Vital statistics of India. Vol. IV, Annual returns from 1871 to 1876. British Army of India, Native Army and jails of Bengal
Year: 1871
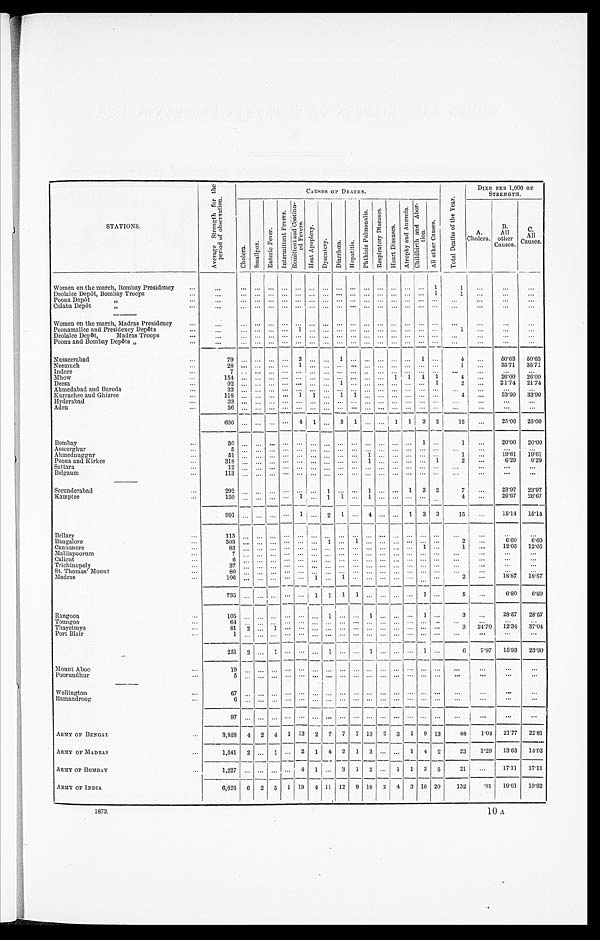
STATIONS.
A v e r a g e S t r e n g t h f o r t h e p e r i o d o f o b s e r v a t i o n .
CAUSES OF DEATHS.
T o t a l D e a t h s o f t h e Y e a r .
DIED PER 1,000 OF
STRENGTH.
C h o l e r a .
S m a l l p o x .
E n t e r i c F e v e r .
I n t e r m i t t e n t F e v e r s .
R e m i t t e n t a n d C o n t i n u e d F e v e r s .
H e a t A p o p l e x y .
D y s e n t e r y .
D i a r r h œ a .
H e p a t i t i s .
P h t h i s i s P u l m o n a l i s .
R e s p i r a t o r y D i s e a s e s .
H e a r t D i s e a s e s .
A t r o p h y a n d A n æ m i a .
C h i l d b i r t h a n d A b o r t i o n .
A l l O t h e r C a u s e s .
A
Cholera,
B.
All
other
Causes.
C.
All
Causes.
Women on the march, Bombay Presidency
. . .
. . .
. . .
. . .
. . .
. . .
. . .
. . .
. . .
. . .
. . .
. . .
. . .
. . .. . .
. . .
1
1
. . .
. . .
. . .
1
1. . .
Deolalee Depôt, Bombay Troops
. . .
. . .
. . .
. . .
. . .
. . .
. . .
. . .
. . .
. . .
. . .
. . .
. . .
. . . . . .
. . .
. . .
. . .
. . .
Poona Depôt " . . .
. . .
. . .
. . .
. . .
. . .
. . .
. . .
. . .
. . .
. . .
. . .
. . .
. . . . . .
. . .
. . .
. . .
. . .
. . .
. . .
Colaba Depôt " . . .
. . .
. . .
. . .
. . .
. . .
. . .
. . .
. . .
. . .
. . .
. . .
. . .
. . . . . .
. . .
. . .
. . .
. . .
. . .
. . .
Women on the march, Madras Presidency . . .
. . .
. . .
. . .
. . .
. . .
. . .
. . .
. . .
. . .
. . .
. . .
. . .
. . . . . .
. . .
. . .
. . .
. . .
. . .
. . .
Poonamallee and Presidency Depôts . . .
. . .
. . .
. . .
. . . . . .
1
. . .
. . .
. . .
. . .
. . .
. . .
. . . . . .
. . .
. . .
1
. . .
. . .
. . .
Deolalee Depôt, Madras Troops . . .
. . .
. . .
. . .
. . .
. . .
. . .
. . .
. . .
. . .
. . .
. . .
. . .
. . . . . . . . .
. . .
. . .
. . .
. . .
. . .
Poona and Bombay Depôts " . . .
. . .
. . .
. . .
. . .
. . .
. . .
. . .
. . .
. . .
. . .
. . .
. . .
. . .. . . . . .
. . .
. . .
. . .
. . .
. . .
Nusseerabad . . .
7 9
. . .
. . .
. . .
2
. . .
. . .1
. . .. . .
. . .
. . .
. . .
1
. . .
4
. . .. . .
5 0 . 6 3
50.63
35.71
35.71
Neemuch . . .
2 8
. . .
. . .
. . .
. . . 1
. . .. . .
. . .. . .
. . .
. . .
. . .
. . .
. . .
. . .
1
. . .
Indore . . .
7
. . .
. . .
. . .
. . .
. . .
. . .. . .
. . .. . .
. . .
. . .
. . .
. . .
. . .
. . .
. . .
. . .
. . . . . .
26.00
26.00
Mhow . . .
154
. . .
. . .
. . .
. . .
. . .
. . .. . .
. . . . . .
. . .
. . . 1
1
1
1
4
. . .
. . .
21.74
21.74
Deesa . . .
92
. . .
. . .
. . .
. . .
. . .
. . . . . .
1
. . .
. . .
. . .
. . .
. . .
. . .
1
2
Ahmedabad and Baroda . . .
33
. . .
. . .
. . .
. . .
. . .
. . . . . .
. . . . . .
. . .
. . .
. . .
. . .
. . .
. . .
. . .
. . .
. . . . . .
4
. . .
33.90
33.90
Kurrachee and Ghizree . . .
118
. . .
. . .
. . .
. . . 1
1 . . .
1
1
. . .
. . .
. . .
. . .
. . .
. . .
Hyderabad . . .
33
. . .
. . .
. . .
. . .
. . .
. . . . . .
. . . . . .
. . .
. . .
. . .
. . .
. . .
. . .
. . .
. . .
. . . . . .
Aden . . .
56
. . .
. . .
. . .
. . .
. . .
. . . . . .
. . . . . .
. . .
. . .
. . .
. . .
. . .
. . .
. . .
. . .
. . .
. . .
600
. . .
. . .
. . .
. . . 4
1 . . .
3
1
. . .
. . .
1
1
2
2
15
. . .
25.00
25.00
Bombay . . .
50
. . .
. . .
. . .
. . .
. . .
. . . . . .
. . .
. . .
. . .
. . .
. . .
. . . 1
. . .
1
. . .
20.00
20.00
Asseerghur . . .
5
. . .
. . .
. . .
. . .
. . .
. . . . . .
. . . . . .
. . .
. . .
. . .
. . .
. . .
. . .
. . .
. . .
. . . . . .
. . .
19.61
19.61
1
Ahmednuggur . . .
51
. . .
. . .
. . .
. . .
. . .
. . . . . .
. . . . . .
1
. . .
. . .
. . .
. . .
. . .
. . .
6.29
6.29
2
Poona and Kirkee . . .
318
. . .
. . .
. . .
. . .
. . .
. . .
. . .
. . . . . .
1
. . .
. . .
. . .
. . . 1
Sattara . . .
12
. . .
. . .
. . .
. . .
. . .
. . . . . .
. . . . . .
. . .
. . .
. . .
. . .
. . .
. . .
. . .
. . .
. . .
. . .
Belgaum . . .
113
. . .
. . .
. . .
. . .
. . .
. . .
. . .
. . . . . .
. . .
. . .
. . .
. . .
. . .
. . .
. . .
. . .
. . .
. . .
Secunderabad . . .
292
. . .
. . .
. . .
. . .
. . .
. . . 1
. . . . . .
1
. . .
. . .
1
2
2
7
. . .
23.97
23.97
. . .
26.67
26.67
4
Kamptee . . .
1 5 0
. . .
. . .
. . .
. . .
1
. . . 1
1 . . .
1
. . .
. . .
. . .
. . .
. . .
991
. . .
. . .
. . .
. . .
1
. . . 2
1
. . .
4
. . .
. . .
1
3
3
15
. . .
15.14
15.14
Bellary . . .
113
. . .. . .
. . .. . .
. . .
. . .
. . .
. . .
. . .
. . .
. . .
. . .
. . .
. . .
. . .
. . .
. . .
. . .. . .
2
. . .
6.60
6..60
Bangalore . . .
3 0 3
. . .. . .
. . .. . .
. . .
. . .
1
. . . 1
. . .
. . .
. . .
. . .
. . .
. . .
1
. . .
12.05
12.05
1
Cannanore . . .
8 3
. . .. . .
. . .. . .
. . .
. . .
. . .
. . .
. . .
. . .
. . .
. . .
. . .
Malliapoorum . . .
7
. . .. . .
. . . . . .
. . .
. . .
. . .
. . .
. . . . . .
. . .
. . .
. . .
. . .
. . .
. . .
. . .
. . .
. . .
Calicut . . .
6
. . .. . .
. . .. . .
. . .
. . .
. . .
. . .
. . .
. . .
. . .
. . .
. . .
. . .
. . .
. . .
. . .
. . .
. . .
Trichinopoly . . .
37
. . . . . .
. . . . . .
. . .
. . .
. . .
. . .
. . . . . .
. . .
. . .
. . .
. . .
. . .
. . .
. . .
. . .
. . .
St. Thomas' Mount . . .
80
. . . . . .
. . .
. . .
. . .
. . .
. . .
. . .
. . . . . .
. . .
. . .
. . .
. . .
. . .
. . .
. . .
. . .
. . .
. . .
18.87
18.87
2
Madras . . .
1 0 6
. . .. . .
. . . . . .
. . .
1
. . .
1
. . . . . .
. . .
. . .
. . .
. . .
. . .
735
. . .
. . .
. . . . . .
. . .
1
1
1
1
. . .
. . .
. . .
. . .
1
. . .
5
. . .
6.80
6.80
Rangoon . . .
105
. . .
. . .
. . .
. . .
. . .
. . .
1
. . .
. . .
1
. . .
. . .
. . .
1
. . .
3
. . .
28.57
28.57
Toungoo . . .
64
. . .
. . .
. . . . . . . . .
. . .
. . .
. . .
. . .
. . .
. . .
. . .
. . .
. . .
. . .
. . .
. . .
. . . . . .
24.70
12.34
37.04
3
Thayetmyo . . .
81 2
. . . 1
. . . . . .
. . .
. . .
. . .
. . .
. . .
. . .
. . .
. . .
. . .
Port Blair . . .
1
. . .
. . .
. . .
. . .. . .
. . .
. . .
. . .
. . .
. . .
. . .
. . .
. . .
. . .
. . .
. . .
. . .
. . . . . .
251
2
. . .
1
. . .
. . .
. . .
1
. . .
. . . 1
. . .
. . .
. . .
1
. . .
6
7.97
15.93
23.90
Mount Aboo . . .
1 9
. . .
. . .
. . .
. . .. . .
. . .
. . .
. . . . . .
. . .
. . .
. . .
. . .
. . .
. . .
. . .
. . .
. . .
. . .
Poorundhur . . .
5
. . .
. . .
. . .
. . . . . .
. . .
. . .
. . .
. . .
. . .
. . .
. . .
. . .
. . .
. . .
. . .
. . .
. . .
. . .
Wellington . . .
67
. . .
. . .
. . .
. . . . . .
. . .
. . .
. . . . . .
. . .
. . .
. . .
. . .
. . .
. . .
. . .
. . .
. . .
. . .
Ramandroo . . .
6
. . .
. . .
. . .
. . .. . .
. . .
. . .
. . .
. . .
. . .
. . .
. . .
. . .
. . .
. . .
. . .
. . .
. . .
. . .
97
. . .
. . .
. . .
. . .
. . .
. . .
. . .
. . .
. . .
. . .
. . .
. . .
. . .
. . .
. . .
. . .
. . .
. . .
. . .
ARMY OF BENGAL
. . .
3,858
4 2
4
1 13
2
7
7
7 13
2 3
1
9 13
88
1.04
21.77
22.81
ARMY OF MADRAS
. . .
1,541
2
. . . 1
. . . 2
1
4
2
1
3
. . .
. . .
1 4
2
23
1.29
13.63
14.92
ARMY OF BOMBAY . . .
1,227
. . .
. . .
. . . . . . 4
1
. . . 3
1
2
. . . 1
1
3
5
21
. . .
17.11
17.11
ARMY OF INDIA
6,626
6
2
5
1 19
4 11 12
9 18
2
4
3 16 20
132
. 9 1 19.01
19.92
1873.
10 A